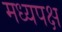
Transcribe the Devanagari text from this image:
मध्यपक्ष